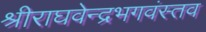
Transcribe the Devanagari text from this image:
श्रीराघवेन्द्रभगवंस्तव